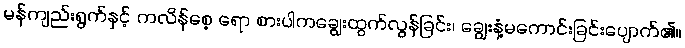
မန်ကျည်းရွက်နှင့် ကလိန်စေ့ ရော စားပါကချွေးထွက်လွန်ခြင်း၊ ချွေးနံ့မကောင်းခြင်းပျောက်၏။